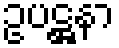
ဥပဋ္ဌနာ